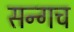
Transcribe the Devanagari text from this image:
सन्गच